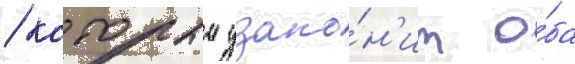
/ которыи узако́н'ит о́ба